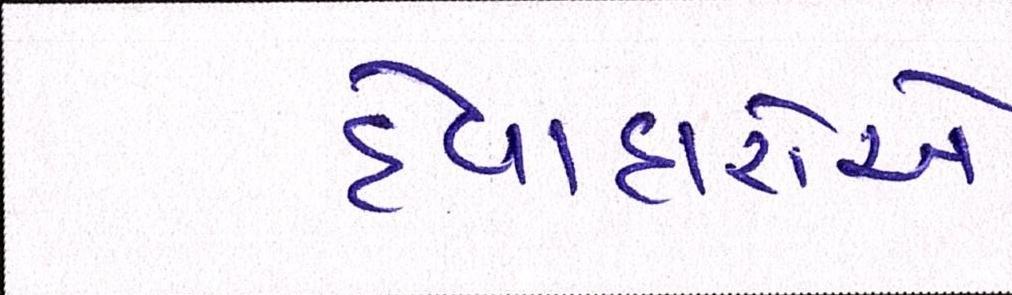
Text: દેવાદારોએ